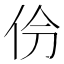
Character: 𫢕